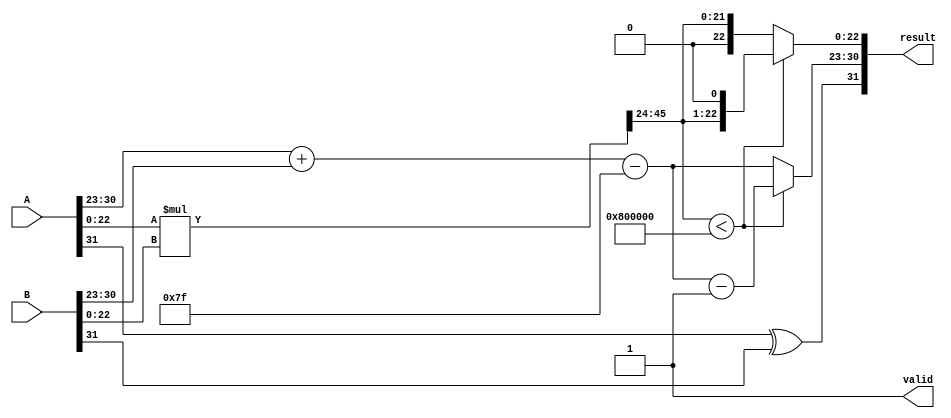
module Radix4_FloatingPoint_Multiplier (
    input  [31:0] A,
    input  [31:0] B,
    output [31:0] result,
    output reg     valid
);

// Define IEEE 754 fields
wire sign_A, sign_B;
wire [7:0] exponent_A, exponent_B;
wire [22:0] mantissa_A, mantissa_B;

assign sign_A = A[31];
assign exponent_A = A[30:23];
assign mantissa_A = {1'b1, A[22:0]}; // Implicit leading 1 for normalized numbers
assign sign_B = B[31];
assign exponent_B = B[30:23];
assign mantissa_B = {1'b1, B[22:0]}; // Implicit leading 1 for normalized numbers

// Intermediate signals
wire [47:0] product; // Storage for the product (23 + 23 = 46 bits, plus 1 for normalization)
wire [7:0] exponent_result;
wire sign_result;

// Radix-4 Booth encoding would typically be implemented here
// For simplicity, we will directly multiply mantissas
assign product = mantissa_A * mantissa_B;

// Exponent calculation (add exponents, subtract bias)
assign exponent_result = exponent_A + exponent_B - 8'd127;

// Sign calculation
assign sign_result = sign_A ^ sign_B;

// Output result assembly
// Normalize the product if necessary
reg [22:0] mantissa_result;
reg [7:0] exponent_final;
reg normalized;

always @(*) begin
    // Default values
    mantissa_result = product[46:24]; // Take the upper bits of the product
    exponent_final = exponent_result;
    normalized = 0;

    // Check normalization
    if (product[47]) begin
        // If the product is >= 2.0, shift right
        mantissa_result = product[46:24] >> 1;
        exponent_final = exponent_final + 1;
        normalized = 1;
    end else if (product[46:24] < 24'b1_00000000000000000000000) begin
        // If the product is < 1.0, shift left
        mantissa_result = mantissa_result << 1;
        exponent_final = exponent_final - 1;
        normalized = 1;
    end
end

// Result assembly
always @(*) begin
    valid = 1; // Indicate that the result is valid
    result = {sign_result, exponent_final, mantissa_result};
end

endmodule